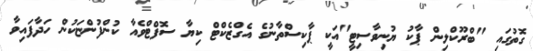
ގޮތުގައި "ބްރޫކްލިން ޕާކު ޔުނިވާސިޓީ"އަކީ ޕާކިސްތާނުގެ އެގްޒެކްޓް ކިޔާ ސޮފްޓްވެއާ ކުންފުންޏަކުން ހަދާފައިވާ